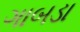
ગાબડા